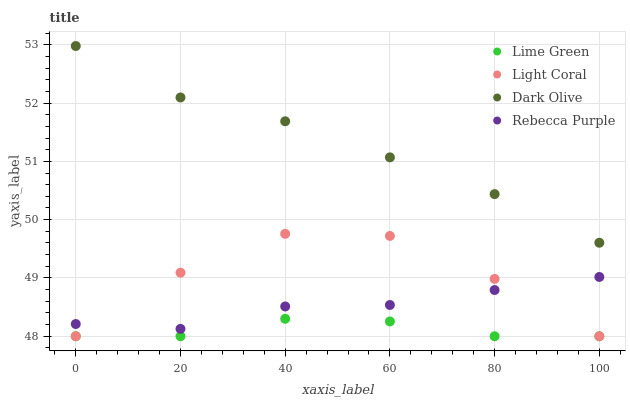
| xaxis_label | Lime Green | Light Coral | Dark Olive | Rebecca Purple |
 | --- | --- | --- | --- | --- |
 | 0 | 48 | 48 | 53 | 48.2 |
 | 20 | 48 | 49.1 | 52.1 | 48.1 |
 | 40 | 48.3 | 49.8 | 51.7 | 48.5 |
 | 60 | 48.3 | 49.7 | 51.1 | 48.5 |
 | 80 | 48 | 49 | 50.4 | 48.8 |
 | 100 | 48 | 48 | 49.6 | 49 |